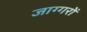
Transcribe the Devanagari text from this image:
जाग्गरों